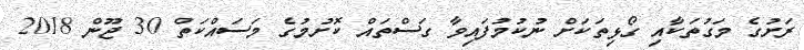
ރަށުގެ މަގުތަކާއި ގޯޅިތަކަށް ނުކުމުފައިވާ ގަސްތައް ކޮށުމުގެ މަސައްކަތް 30 ޖޫން 2018